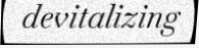
devitalizing